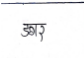
मजकूर: डगर